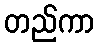
တည်ကာ